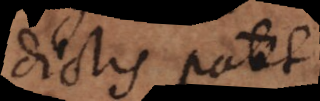
dictis patet.